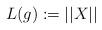
LaTeX: \begin{align*}L(g):=||X|| \end{align*}